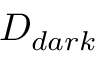
D _ { d a r k }